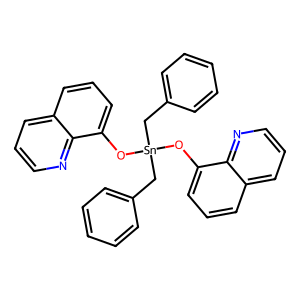
SMILES: c1ccc(C[Sn](Cc2ccccc2)(Oc2cccc3cccnc23)Oc2cccc3cccnc23)cc1
Inhibits HIV replication: No